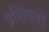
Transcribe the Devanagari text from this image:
प्रशियनों